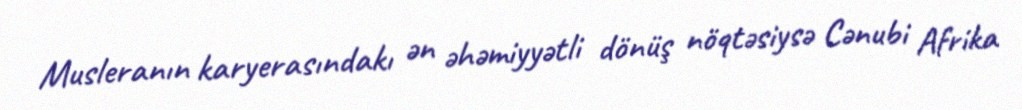
Musleranın karyerasındakı ən əhəmiyyətli dönüş nöqtəsiysə Cənubi Afrika